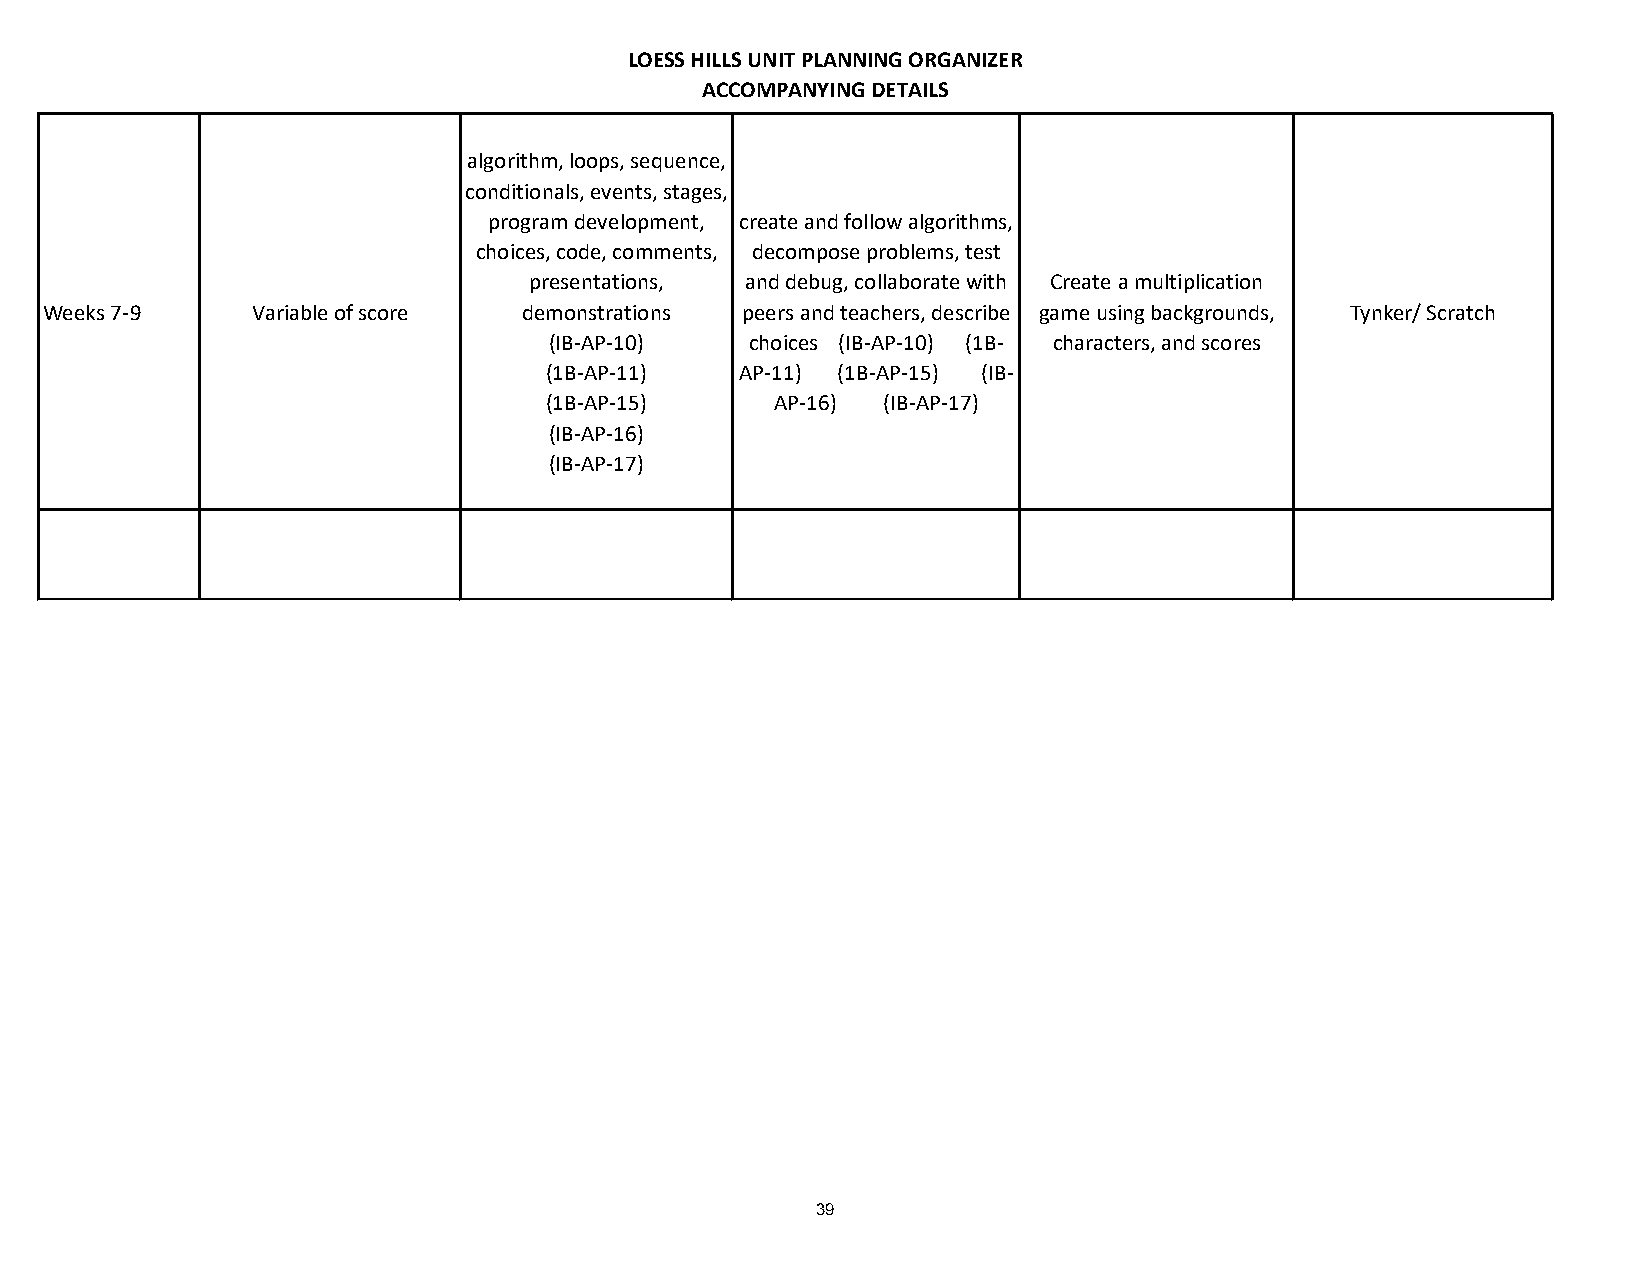
LOESS HILLS UNIT PLANNING ORGANIZER
 ACCOMPANYING DETAILS
 algorithm, loops, sequence,
 conditionals, events, stages,
 program development, create and follow algorithms,
 choices, code, comments, decompose problems, test
 presentations, and debug, collaborate with Create a multiplication
 Weeks 7-9     Variable of score demonstrations p e e r s a nd teachers, describe game using backgrounds, Tynker/ Scratch
 (IB-AP-10)    c h o i c e s (IB-AP-10) (1B- characters, and scores
 (1B-AP-11)   A P - 1 1 ) (1B-AP-15) (IB-
 (1B-AP-15)     A P - 1 6 ) (IB-AP-17)
 (IB-AP-16)
 (IB-AP-17)
 39